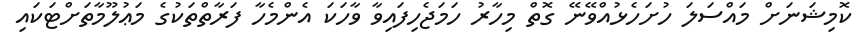
ކޮމިޝަނަށް މައްސަލަ ހުށަހެޅުއްވޭނޭ ގޮތް މިހާރު ހަމަޖެހިފައިވާ ވާހަކަ އެންމެހާ ފަރާތްތަކުގެ މަޢުލޫމާތަށްޓަކައި